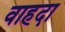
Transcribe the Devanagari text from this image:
वाहदा